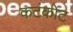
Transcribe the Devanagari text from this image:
कटंकोट